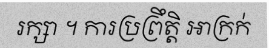
រក្សា ។ ការប្រព្រឹត្តិ អាក្រក់